Scientific memoirs by medical officers of the Army of India - Part XI,
Year: 1898
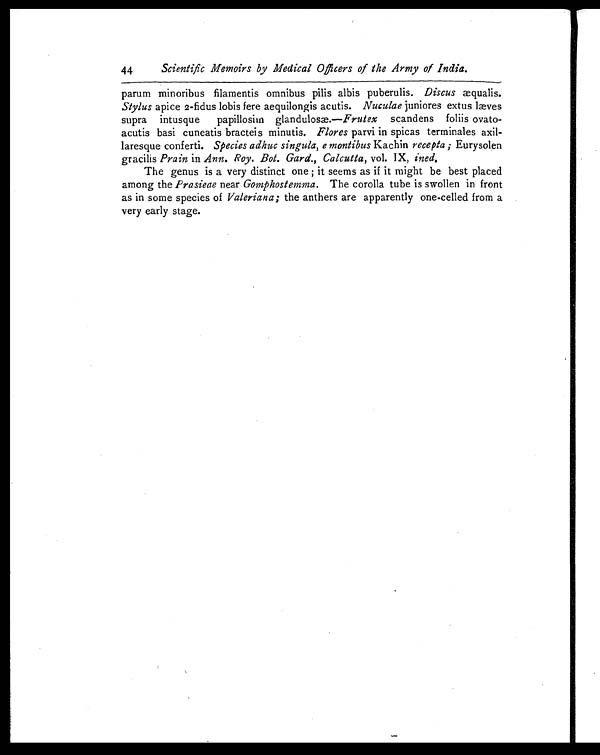
44
Scientific Memoirs by Medical Officers of the Army of India.
parum minoribus filamentis omnibus pibs albis puberulis. Discusæ qualis.
Stylus apice 2-fidus lobis fere aequilongis acutis. Nuculae juniores extus læves
supra intusque papillosim glandulosæ.— Frutex scandens foliis ovato-
acutis basi cuneatis bracteis minutis. Flores parvi in spicas terminales axil-
laresque conferti. Species adhuc singula, emontibus Kachin recepta; Eurysolen
gracilis Prain in Ann. Roy. Bot. Gard., Calcutta, vol. IX, ined.
The genus is a very distinct one; it seems as if it might be best placed
among the Prasieae near Gomphostemma. The corolla tube is swollen in front
as in some species of Valeriana; the anthers are apparently one-celled from a
very early stage.